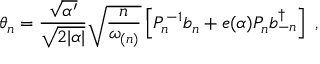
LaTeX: \theta _ { n } = \frac { \sqrt { \alpha ^ { \prime } } } { \sqrt { 2 | \alpha | } } \sqrt { \frac { n } { \omega _ { ( n ) } } } \left[ P _ { n } ^ { - 1 } b _ { n } + e ( \alpha ) P _ { n } b _ { - n } ^ { \dagger } \right] ~ ,